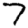
Digit: 7